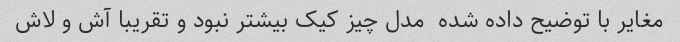
مغایر با توضیح داده شده  مدل چیز کیک بیشتر نبود و تقریبا آش و لاش